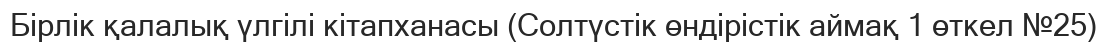
Бірлік қалалық үлгілі кітапханасы (Солтүстік өндірістік аймақ 1 өткел №25)